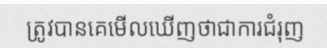
ត្រូវបានគេមើលឃើញថាជាការជំរុញ